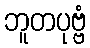
ဘူတပုဗ္ဗံ